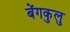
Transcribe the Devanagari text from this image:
बेंगकुलु